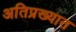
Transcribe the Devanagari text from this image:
अतिप्रख्यात